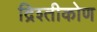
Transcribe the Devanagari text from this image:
द्रिश्तीकोण